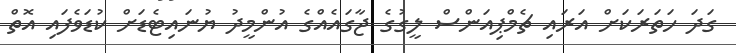
ގަދަ ހަތަރަކަށް އަރައި ޗެމްޕިއަންސް ލީގުގެ ޖާގައެއްގެ އުންމީދު ޔުނައިޓެޑަށް ކުޑަވެފައި އޮތް